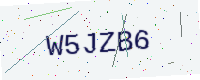
Text: W5JZB6